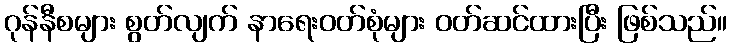
ဂုန်နီစများ စွတ်လျက် နာရေးဝတ်စုံများ ဝတ်ဆင်ထားပြီး ဖြစ်သည်။